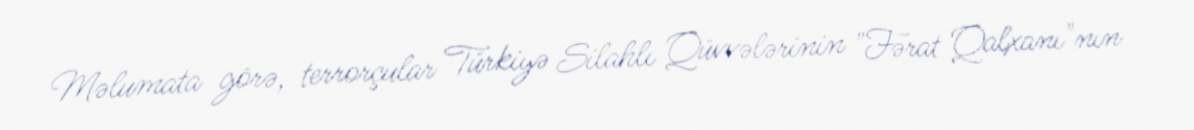
Məlumata görə, terrorçular Türkiyə Silahlı Qüvvələrinin "Fərat Qalxanı"nın